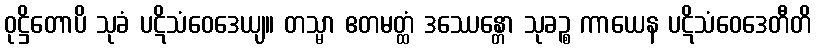
ဝုဋ္ဌိတောပိ သုခံ ပဋိသံဝေဒေယျ။ တသ္မာ ဧတမတ္ထံ ဒဿေန္တော သုခဉ္စ ကာယေန ပဋိသံဝေဒေတီတိ